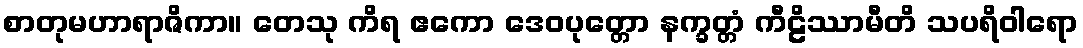
စာတုမဟာရာဇိကာ။ တေသု ကိရ ဧကော ဒေဝပုတ္တော နက္ခတ္တံ ကီဠိဿာမီတိ သပရိဝါရော